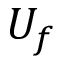
U _ { f }